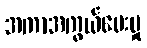
အကာအကွယ်ပေးမှု